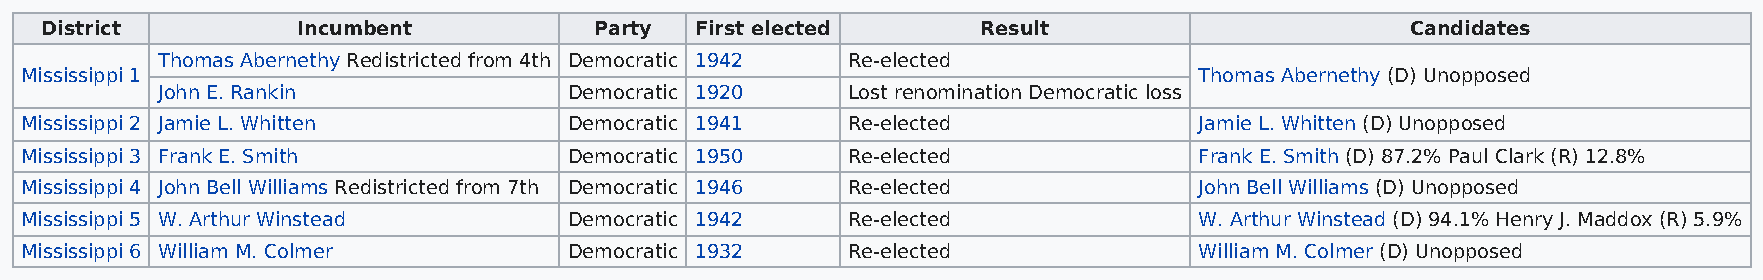
District         Incumbent          Party  First elected      Result                      Candidates
 Thomas Abernethy Redistricted from 4th Democratic 1942 Re-elected
 Mississippi 1                                                                 Thomas Abernethy (D) Unopposed
 John E. Rankin              Democratic 1920   Lost renomination Democratic loss
 Mississippi 2 Jamie L. Whitten       Democratic 1941   Re-elected             Jamie L. Whitten (D) Unopposed
 Mississippi 3 Frank E. Smith         Democratic 1950   Re-elected             Frank E. Smith (D) 87.2% Paul Clark (R) 12.8%
 Mississippi 4 John Bell Williams Redistricted from 7th Democratic 1946 Re-elected John Bell Williams (D) Unopposed
 Mississippi 5 W. Arthur Winstead     Democratic 1942   Re-elected             W. Arthur Winstead (D) 94.1% Henry J. Maddox (R) 5.9%
 Mississippi 6 William M. Colmer      Democratic 1932   Re-elected             William M. Colmer (D) Unopposed